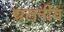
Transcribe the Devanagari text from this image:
ग्रसनीय